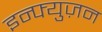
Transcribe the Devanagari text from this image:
इन्फ्युज़न